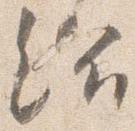
給